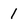
Character: 1